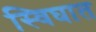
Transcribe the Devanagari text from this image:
स्विघात